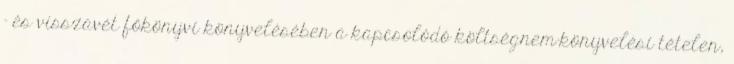
– és visszavét főkönyvi könyvelésében a kapcsolódó költségnem-könyvelési tételen,